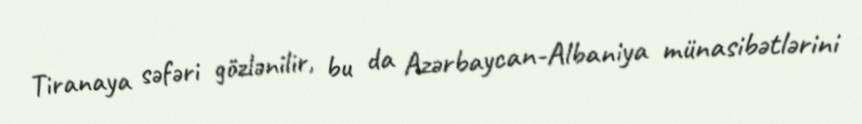
Tiranaya səfəri gözlənilir, bu da Azərbaycan-Albaniya münasibətlərini